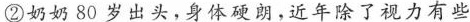
②奶奶80岁出头，身体硬朗，近年除了视力有些